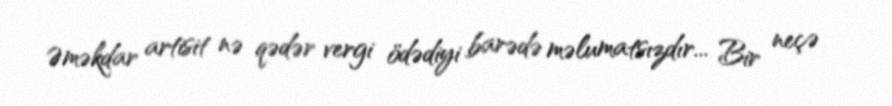
Əməkdar artisit nə qədər vergi ödədiyi barədə məlumatsızdır... Bir neçə